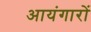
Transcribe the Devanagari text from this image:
आयंगारों